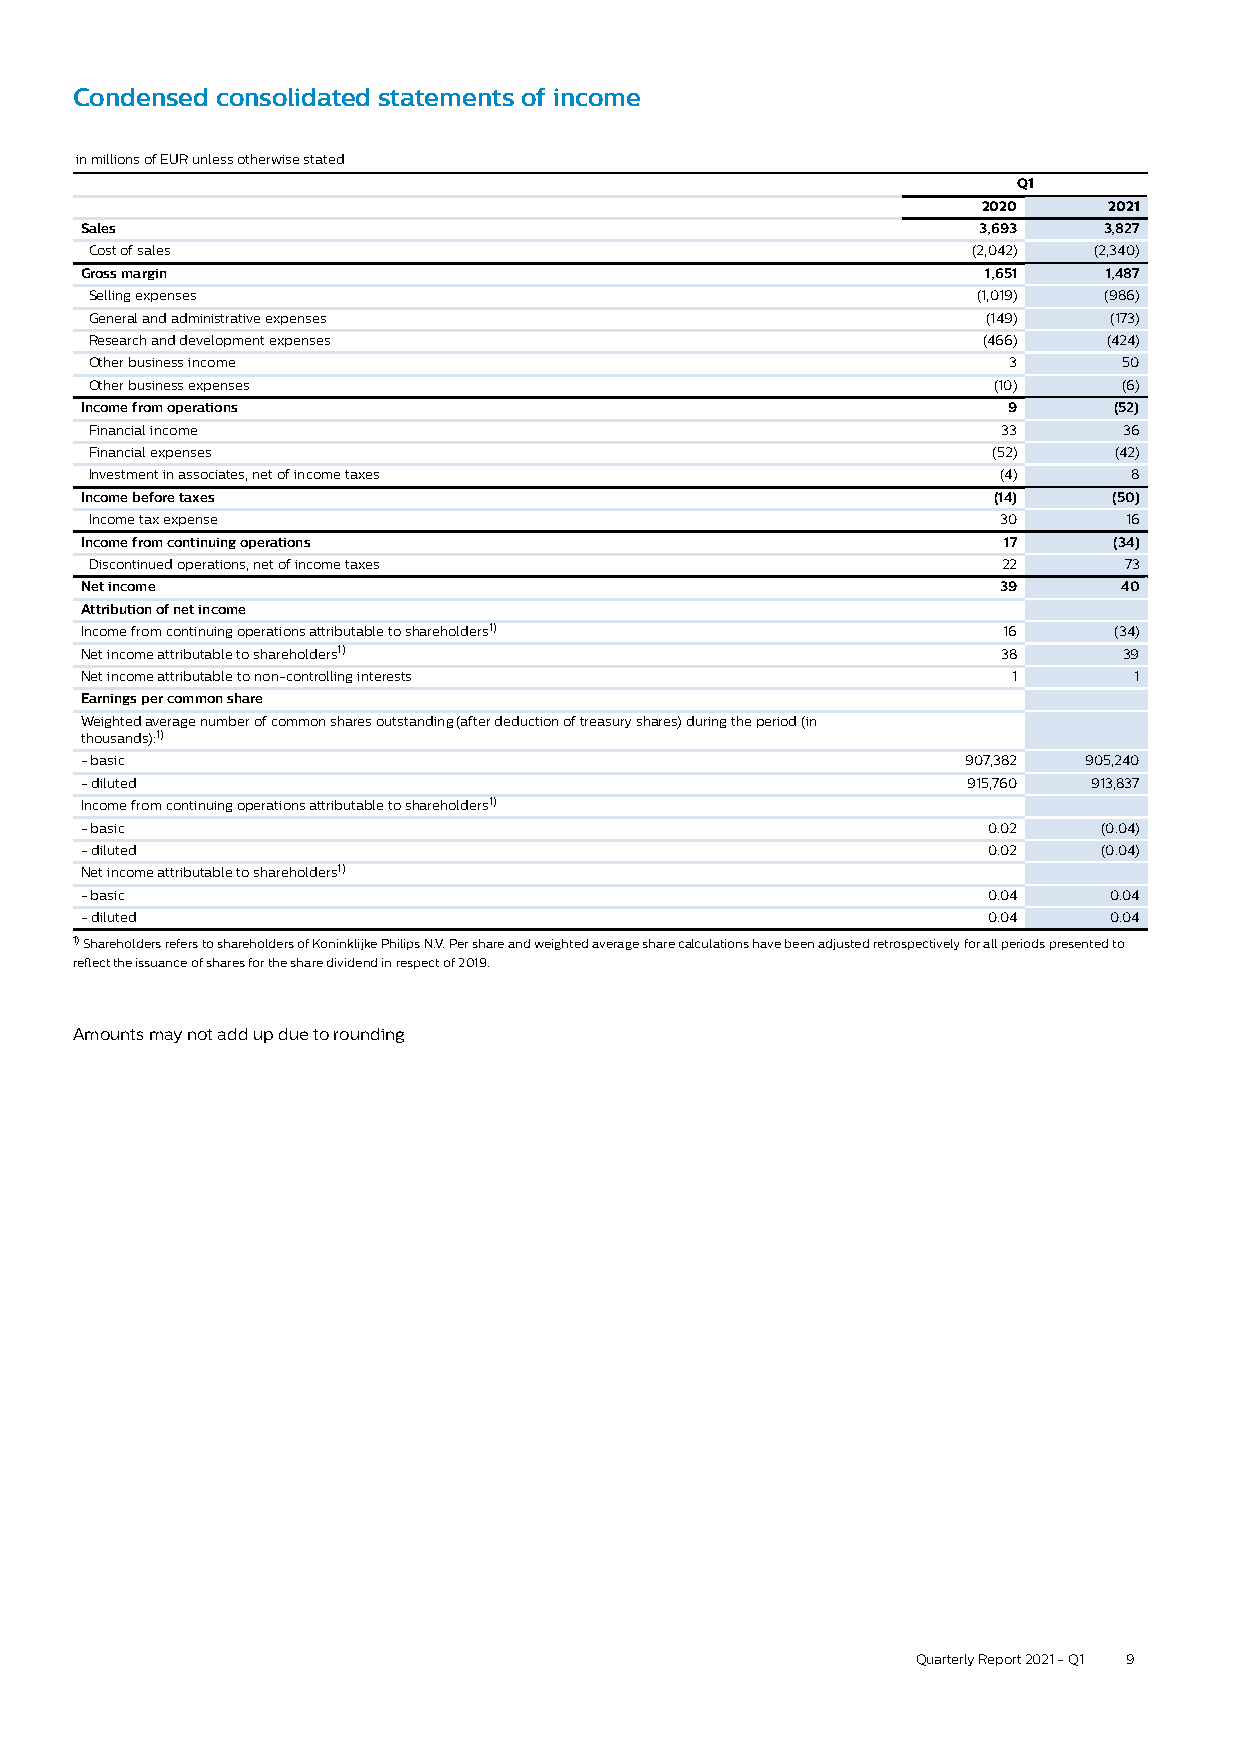
Condensed consolidated statements of income
 in millions of EUR unless otherwise stated
 Q1
 2020    2021
 Sales                                                       3,693   3,827
 Cost of sales                                             (2,042) (2,340)
 Gross margin                                                1,651   1,487
 Selling expenses                                           (1,019) (986)
 General and administrative expenses                        (149)   (173)
 Research and development expenses                          (466)   (424)
 Other business income                                        3      50
 Other business expenses                                     (10)    (6)
 Income from operations                                        9      (52)
 Financial income                                            33      36
 Financial expenses                                          (52)    (42)
 Investment in associates, net of income taxes               (4)      8
 Income before taxes                                          (14)    (50)
 Income tax expense                                          30      16
 Income from continuing operations                            17      (34)
 Discontinued operations, net of income taxes                22      73
 Net income                                                   39      40
 Attribution of net income
 Income from continuing operations attributable to shareholders1) 16  (34)
 Net income attributable to shareholders1)                    38      39
 Net income attributable to non-controlling interests          1       1
 Earnings per common share
 Weighted average number of common shares outstanding (after deduction of treasury shares) during the period (in
 thousands):1)
 - basic                                                    907,382 905,240
 - diluted                                                  915,760 913,837
 Income from continuing operations attributable to shareholders1)
 - basic                                                     0.02    (0.04)
 - diluted                                                   0.02    (0.04)
 Net income attributable to shareholders1)
 - basic                                                     0.04    0.04
 - diluted                                                   0.04    0.04
 1)Shareholders refers to shareholders of Koninklijke Philips N.V. Per share and weighted average share calculations have been adjusted retrospectively for all periods presented to
 reflect the issuance of shares for the share dividend in respect of 2019.
 Amounts may not add up due to rounding
 Quarterly Report 2021 - Q1 9